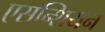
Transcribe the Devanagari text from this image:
एसन्शियन